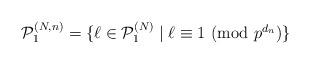
LaTeX: \begin{align*} {\cal P}_{1}^{(N,n)} = \{ \ell \in {\cal P}_{1}^{(N)} \mid \ell \equiv 1 \ \mbox{(mod $p^{d_{n}}$)} \}\end{align*}